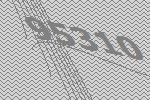
95310